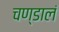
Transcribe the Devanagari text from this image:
चण्डालं